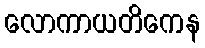
လောကာယတိကေန